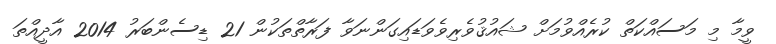
ވީމާ މި މަސައްކަތް ކުރެއްވުމަށް ޝައުޤުވެރިވެވަޑައިގަންނަވާ ފަރާތްތަކުން 21 ޑިސެންބަރު 2014 އާދީއްތަ